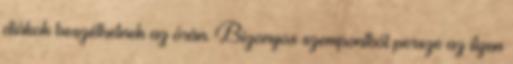
diákok beszélhetnek az órán. Bizonyos szempontból persze az ilyen